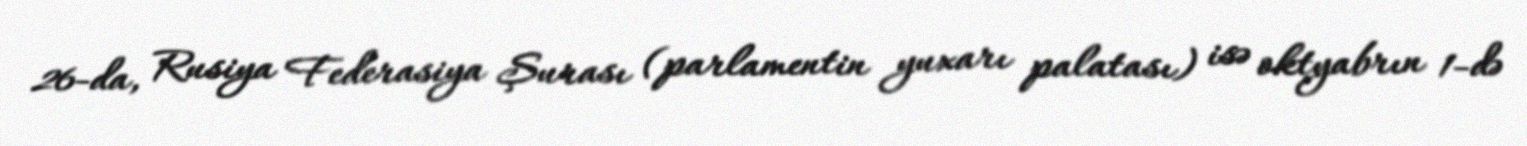
26-da, Rusiya Federasiya Şurası (parlamentin yuxarı palatası) isə oktyabrın 1-də